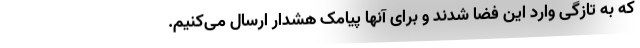
که به تازگی وارد این فضا شدند و برای آنها پیامک هشدار ارسال می‌کنیم.